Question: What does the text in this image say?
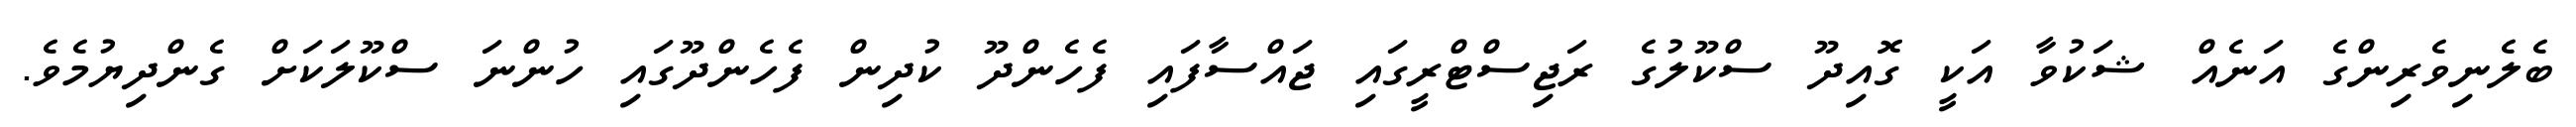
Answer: ބެލެނިވެރިންގެ އަނެއް ޝަކުވާ އަކީ ގޮއިދޫ ސްކޫލުގެ ރަޖިސްޓްރީގައި ޖައްސާފައި ފެހެންދޫ ކުދިން ފެހެންދޫގައި ހުންނަ ސްކޫލަކަށް ގެންދިޔުމެވެ.